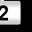
Digit: 2